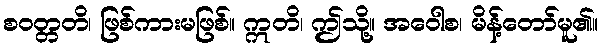
စဝတ္တတိ၊ ဖြစ်ကားမဖြစ်။ ဣတိ၊ ဤသို့။ အဝေါစ၊ မိန့်တော်မူ၏။